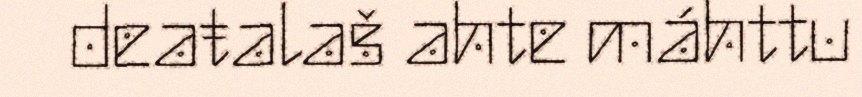
deaŧalaš ahte máhttu